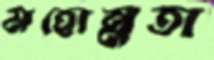
মহোন্নতা